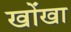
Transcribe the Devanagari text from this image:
खोंखा